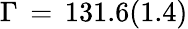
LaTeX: \Gamma\, =\, 131.6(1.4)